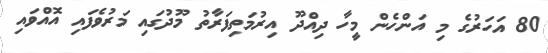
80 އަހަރުގެ މި އަންހެން މީހާ ދިއްދޫ އިރުމަތިފަރާތު މޫދުގައި މަރުވެފައި އޮއްވައި